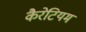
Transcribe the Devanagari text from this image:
कैरेटियम